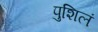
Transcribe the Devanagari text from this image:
पुशिलं